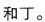
和丁。